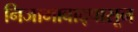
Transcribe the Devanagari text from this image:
निजामाबाद्पासून